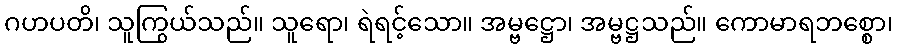
ဂဟပတိ၊ သူကြွယ်သည်။ သူရော၊ ရဲရင့်သော။ အမ္ဗဋ္ဌော၊ အမ္ဗဋ္ဌသည်။ ကောမာရဘစ္စော၊